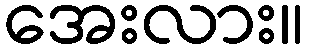
အေးလား။